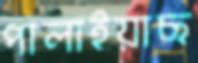
পালাইয়াছ